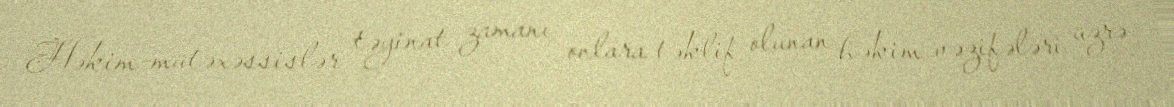
Həkim-mütəxəssislər təyinat zamanı onlara təklif olunan həkim vəzifələri üzrə